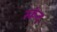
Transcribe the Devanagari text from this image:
स्कंन्द